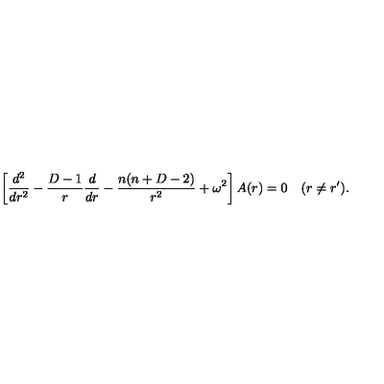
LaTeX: \left[ { \frac { d ^ { 2 } } { d r ^ { 2 } } } - { \frac { D - 1 } { r } } { \frac { d } { d r } } - { \frac { n ( n + D - 2 ) } { r ^ { 2 } } } + \omega ^ { 2 } \right] A ( r ) = 0 \quad ( r \neq r ^ { \prime } ) .